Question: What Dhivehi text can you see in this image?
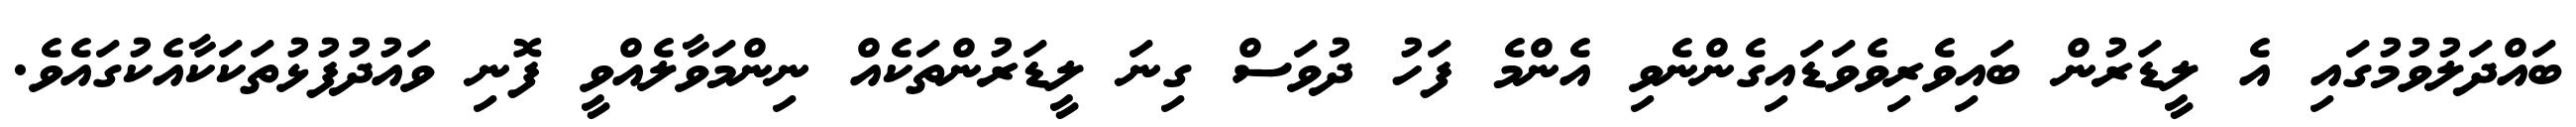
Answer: ބައްދަލުވުމުގައި އެ ލީޑަރުން ބައިވެރިވެވަޑައިގެންނެވި އެންމެ ފަހު ދުވަސް ގިނަ ލީޑަރުންތަކެއް ނިންމަވާލެއްވީ ފޮނި ވައުދުފުޅުތަކަކާއެކުގައެވެ.